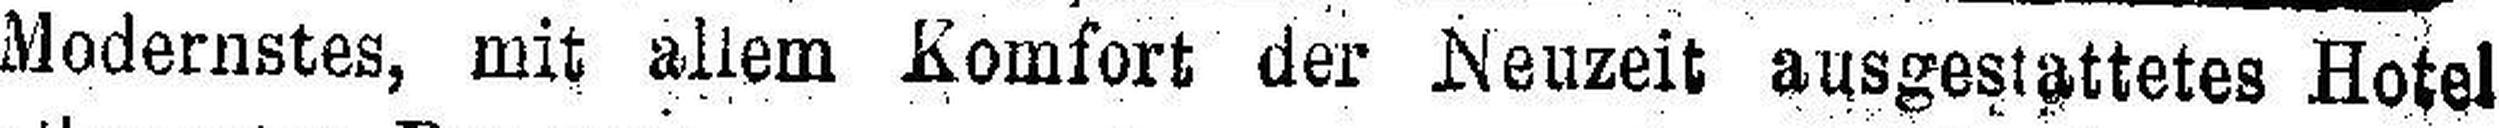
Modernstes, mit allem Komfort der Neuzeit ausgestattetes Hotel